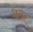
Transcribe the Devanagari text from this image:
भंतर